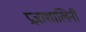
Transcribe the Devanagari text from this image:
प्रज्ञाशालिनी